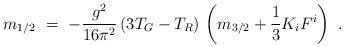
LaTeX: \begin{align*}m_{1/2}\ = \ - {g^2 \over 16 \pi^2}\,(3 T_G - T_R)\, \left( m_{3/2} +{1 \over 3} K_i F^i \right)~.\end{align*}